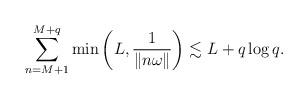
LaTeX: \begin{align*} \sum_{n=M+1}^{M+q}\min\left(L,\frac{1}{\| n\omega\|}\right)\lesssim L+q\log q.\end{align*}